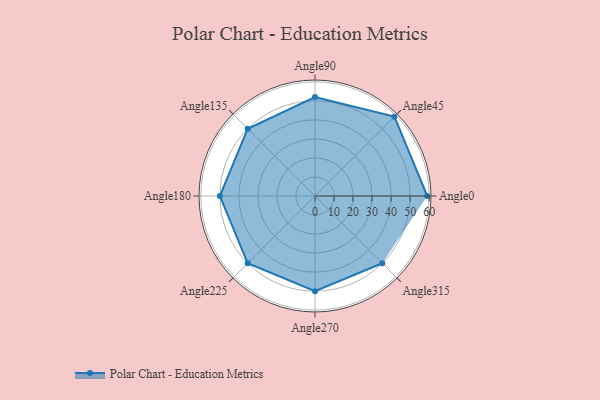
{"axis": {"x": "Angle", "y": "Radius"}, "legend": [""], "data": [{"x": "Angle0", "y": 59.0, "type": ""}, {"x": "Angle45", "y": 59.0, "type": ""}, {"x": "Angle90", "y": 52.0, "type": ""}, {"x": "Angle135", "y": 50, "type": ""}, {"x": "Angle180", "y": 50, "type": ""}, {"x": "Angle225", "y": 50, "type": ""}, {"x": "Angle270", "y": 50, "type": ""}, {"x": "Angle315", "y": 50, "type": ""}]}